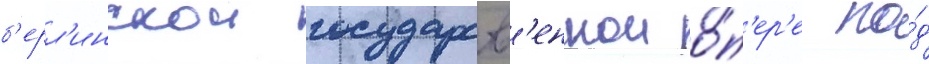
б'ерл'инскои государств'еннои о́п'ер'е по́д